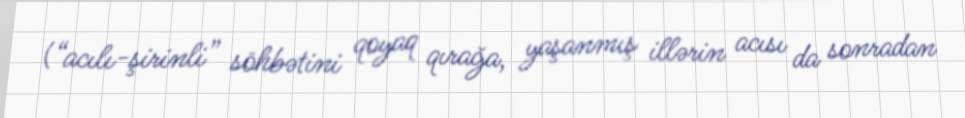
(“acılı-şirinli” söhbətini qoyaq qırağa, yaşanmış illərin acısı da sonradan